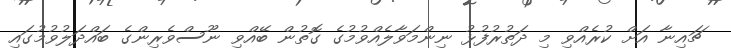
ޗައިނާ އަށް ކުރެއްވި މި ދަތުރުފުޅު ނިންމަވާލެއްވުމުގެ ގޮތުން ބޭއްވި ނޫސްވެރިންގެ ބައްދަލުވުމުގައި